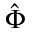
\hat { \Phi }